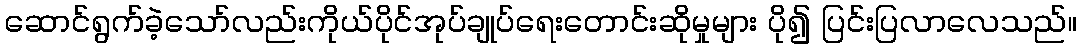
ဆောင်ရွက်ခဲ့သော်လည်းကိုယ်ပိုင်အုပ်ချုပ်ရေးတောင်းဆိုမှုများ ပို၍ ပြင်းပြလာလေသည်။